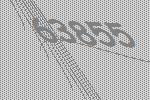
63855